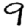
Digit: 9